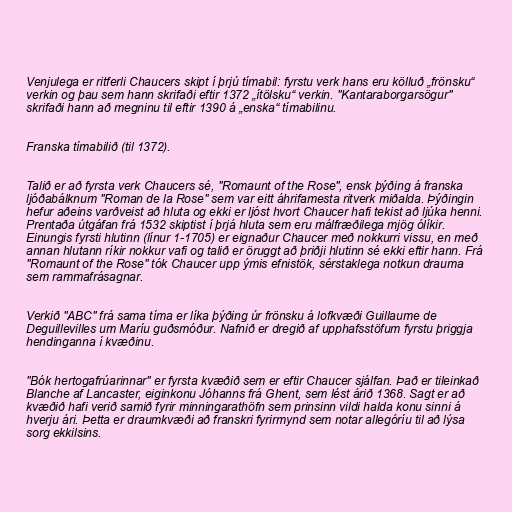
Venjulega er ritferli Chaucers skipt í þrjú tímabil: fyrstu verk hans eru kölluð „frönsku“
verkin og þau sem hann skrifaði eftir 1372 „ítölsku“ verkin. "Kantaraborgarsögur"
skrifaði hann að megninu til eftir 1390 á „enska“ tímabilinu.

Franska tímabilið (til 1372).

Talið er að fyrsta verk Chaucers sé, "Romaunt of the Rose", ensk þýðing á franska
ljóðabálknum "Roman de la Rose" sem var eitt áhrifamesta ritverk miðalda. Þýðingin
hefur aðeins varðveist að hluta og ekki er ljóst hvort Chaucer hafi tekist að ljúka henni.
Prentaða útgáfan frá 1532 skiptist í þrjá hluta sem eru málfræðilega mjög ólíkir.
Einungis fyrsti hlutinn (línur 1-1705) er eignaður Chaucer með nokkurri vissu, en með
annan hlutann ríkir nokkur vafi og talið er öruggt að þriðji hlutinn sé ekki eftir hann. Frá
"Romaunt of the Rose" tók Chaucer upp ýmis efnistök, sérstaklega notkun drauma
sem rammafrásagnar.

Verkið "ABC" frá sama tíma er líka þýðing úr frönsku á lofkvæði Guillaume de
Deguillevilles um Maríu guðsmóður. Nafnið er dregið af upphafsstöfum fyrstu þriggja
hendinganna í kvæðinu.

"Bók hertogafrúarinnar" er fyrsta kvæðið sem er eftir Chaucer sjálfan. Það er tileinkað
Blanche af Lancaster, eiginkonu Jóhanns frá Ghent, sem lést árið 1368. Sagt er að
kvæðið hafi verið samið fyrir minningarathöfn sem prinsinn vildi halda konu sinni á
hverju ári. Þetta er draumkvæði að franskri fyrirmynd sem notar allegóríu til að lýsa
sorg ekkilsins.